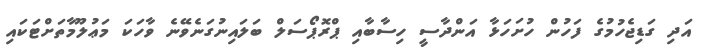
އަދި ގަޑިޖެހުމުގެ ފަހުން ހުށަހަޅާ އަންދާސީ ހިސާބާއި ޕްރޮޕޯސަލް ބަލައިނުގަނެވޭނެ ވާހަކަ މަޢުލޫމާތަށްޓަކައި